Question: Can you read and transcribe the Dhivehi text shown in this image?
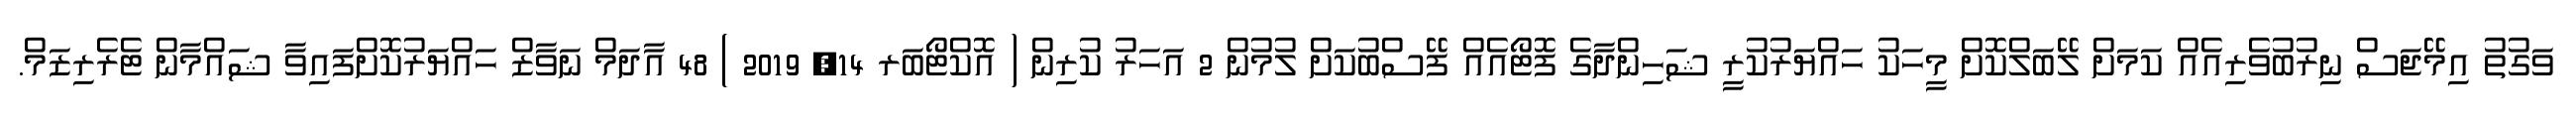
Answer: ވަގުތު އިމޭޖަސް ނިރުބުވެރިއެއް ކަމަށް ލޭބަލްކޮށް މީހަކު ހައްޔަރުކުރީ ޝަހިންދާގެ ފޮޓޯއެއް ފޭސްބުކަށް ލުމުން 2 އަހަރު ކުރިން ( އޮކްޓޯބަރ 14, 2019 ) 48 އާދަމް ނަވާޒް ހައްޔަރުކޮށްފައިވާ ޝައްމާން ޓެރެރިޒަމް.